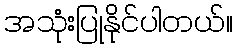
အသုံးပြုနိုင်ပါတယ်။